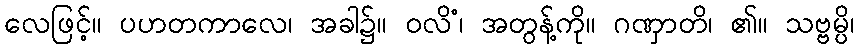
လေဖြင့်။ ပဟတကာလေ၊ အခါ၌။ ဝလိံ၊ အတွန့်ကို။ ဂဏှာတိ၊ ၏။ သဗ္ဗမ္ပိ၊